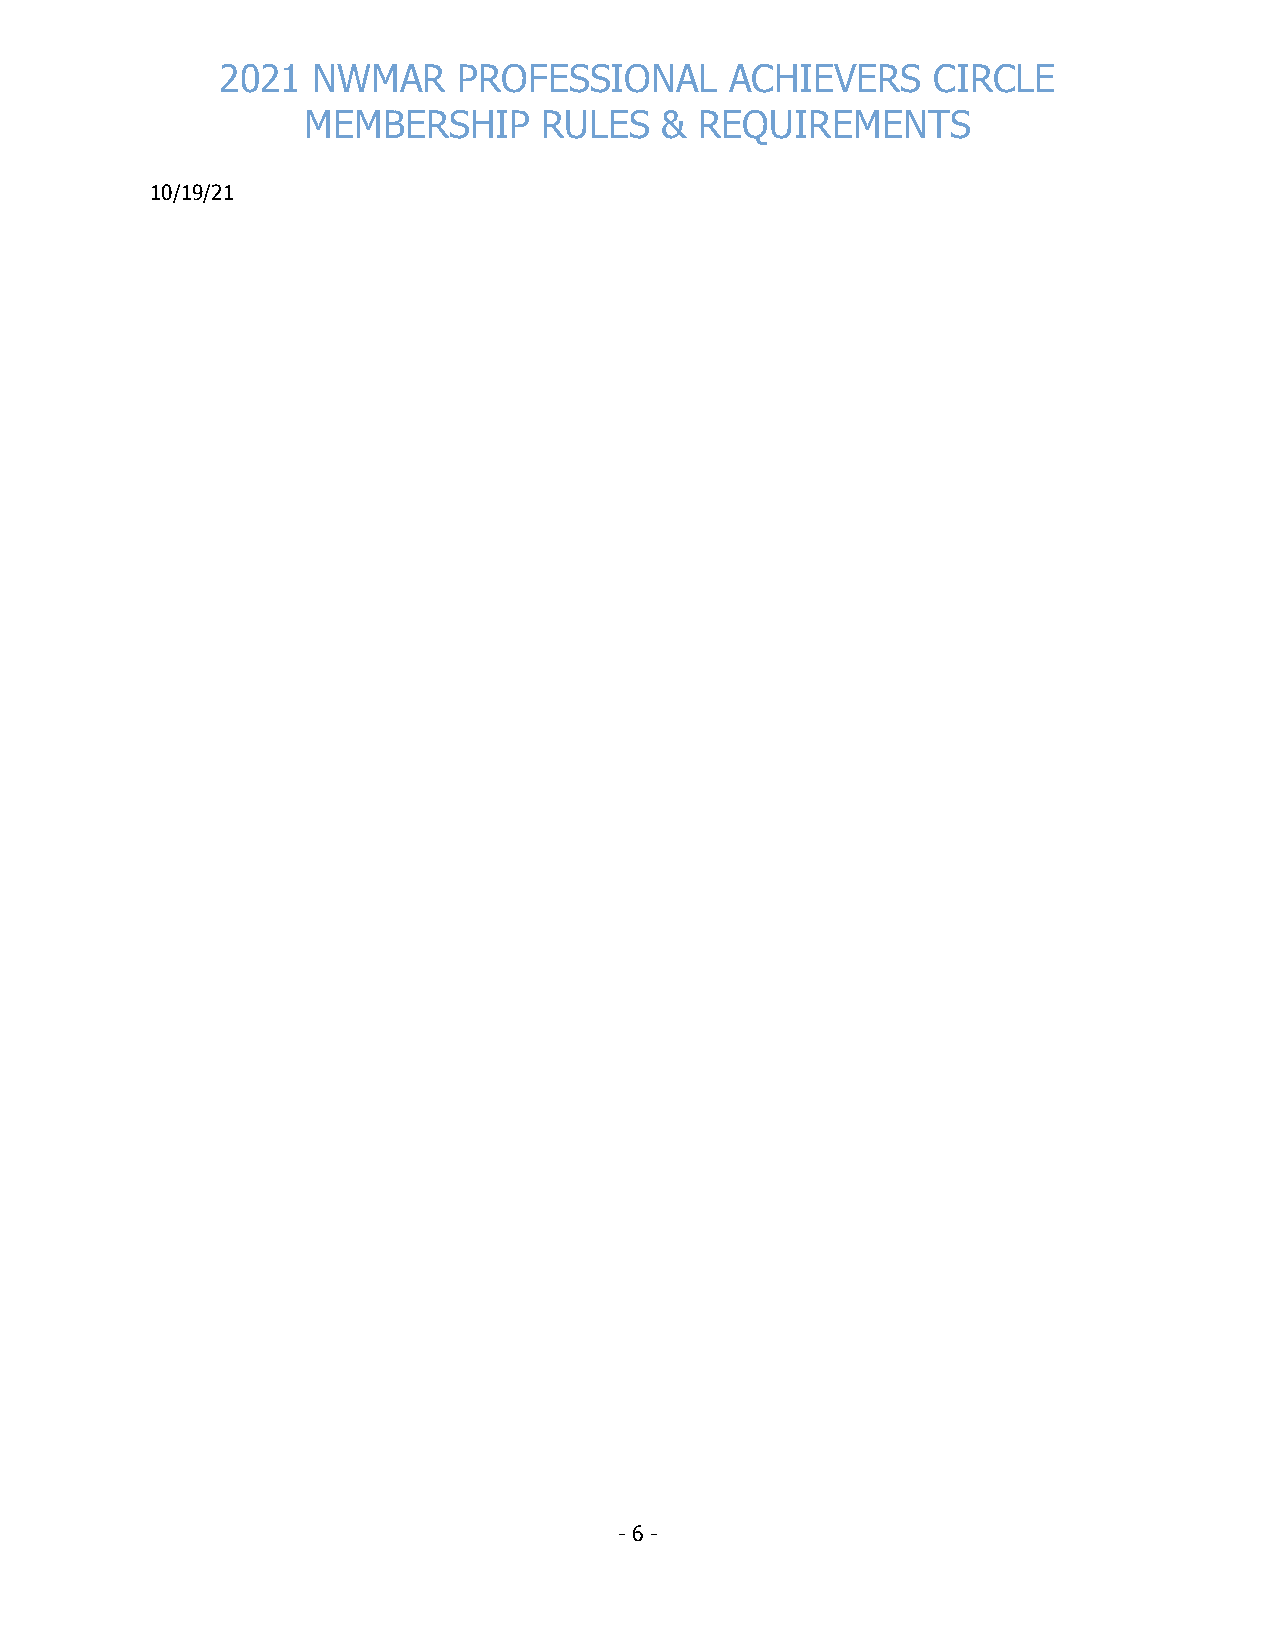
2021  NWMAR    PROFESSIONAL      ACHIEVERS     CIRCLE
 MEMBERSHIP      RULES   & REQUIREMENTS
 10/19/21
 - 6 -